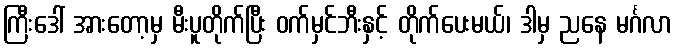
ကြီးဒေါ် အားတော့မှ မီးပူတိုက်ပြီး ဝက်မှင်ဘီးနှင့် တိုက်ပေးမယ်၊ ဒါမှ ညနေ မင်္ဂလာ